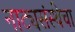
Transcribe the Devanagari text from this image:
नाट्यसंस्थेचा